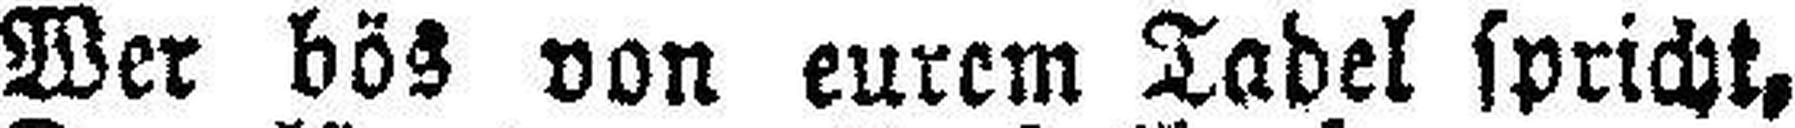
Wer bös von eurem Tadel spricht,